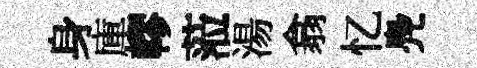
身庫轇蒞湯翕忆鳧